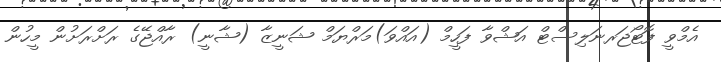
އެމްވީ ފޮޓޯޖަރނަލިސްޓް އަޝްވާ ފަހީމް (އައްވަ)މަރްޔަމް ޝަނީޒާ (ޝާނީ) ރާއްޖޭގެ ރަށްރަށުން މީހުން